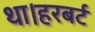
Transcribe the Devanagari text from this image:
था।हरबर्ट